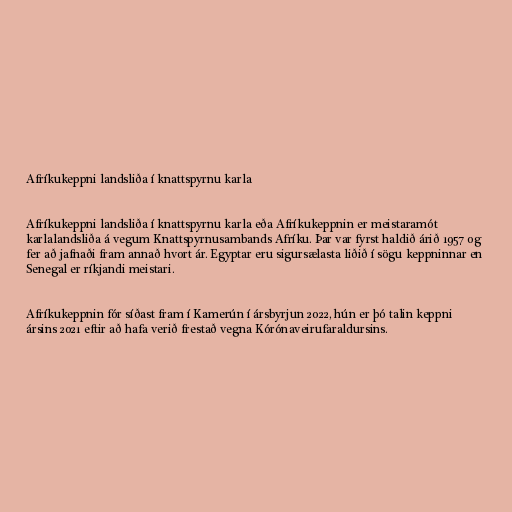
Afríkukeppni landsliða í knattspyrnu karla

Afríkukeppni landsliða í knattspyrnu karla eða Afríkukeppnin er meistaramót
karlalandsliða á vegum Knattspyrnusambands Afríku. Þar var fyrst haldið árið 1957 og
fer að jafnaði fram annað hvort ár. Egyptar eru sigursælasta liðið í sögu keppninnar en
Senegal er ríkjandi meistari.

Afríkukeppnin fór síðast fram í Kamerún í ársbyrjun 2022, hún er þó talin keppni
ársins 2021 eftir að hafa verið frestað vegna Kórónaveirufaraldursins.